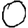
Digit: 0